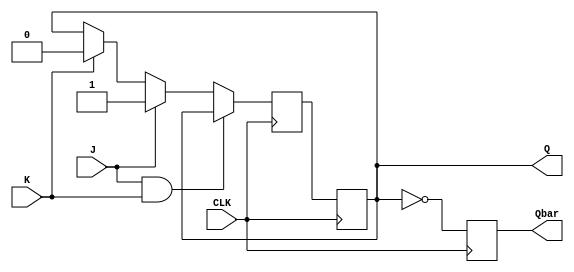
module JK_flip_flop (
    input J, K, CLK,
    output reg Q, Qbar
);

reg Q_next;

always @(posedge CLK) begin
    if (J && K)
        Q_next = Q;
    else if (J)
        Q_next = 1;
    else if (K)
        Q_next = 0;
    else
        Q_next = Q;
end

always @(posedge CLK) begin
    Q <= Q_next;
    Qbar <= ~Q;
end

endmodule